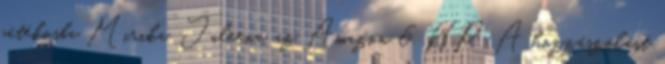
játékosba Mirika. Jaleena, az Amazon 6 HP A hozzászólást